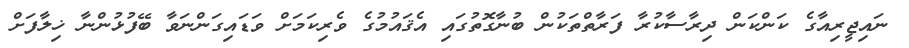
ނައިޖީރިއާގެ ކަންކަން ދިރާސާކުރާ ފަރާތްތަކުން ބުނާގޮތުގައި އެޤައުމުގެ ވެރިކަމަށް ވަޑައިގަންނަވާ ބޭފުޅުންނާ ޚިލާފަށް